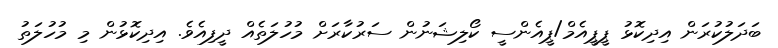
ބަދަލުކުރަން އިދިކޮޅު ޕީޕީއެމް/ޕީއެންސީ ކޯލިޝަނުން ސަރުކާރަށް މުހުލަތެއް ދީފިއެވެ. އިދިކޮޅުން މި މުހުލަތު